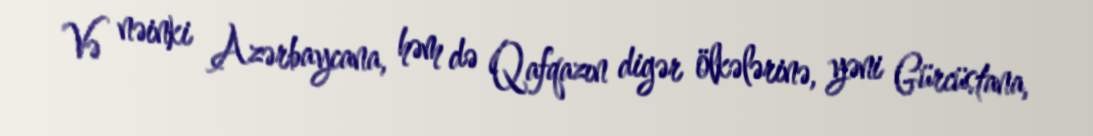
Və nəinki Azərbaycana, həm də Qafqazın digər ölkələrinə, yəni Gürcüstana,